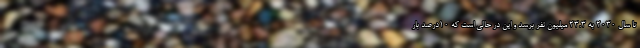
تا سال ۲۰۳۰ به ۲۳.۳ میلیون نفر برسد و این در حالی است که ۱۰درصد بار